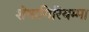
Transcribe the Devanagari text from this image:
शेषागिरियम्मा